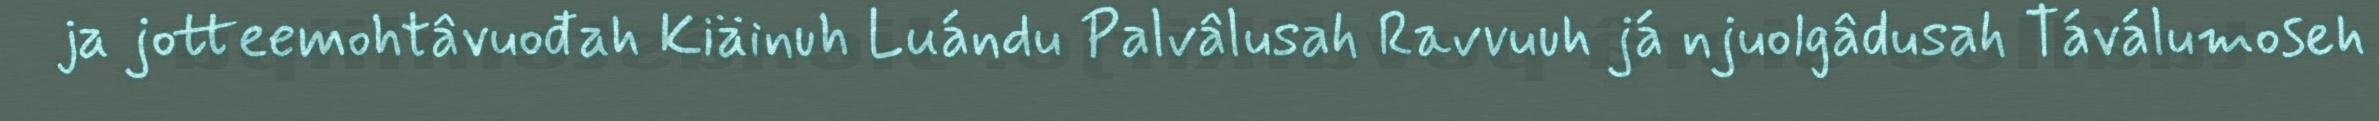
ja jotteemohtâvuođah Kiäinuh Luándu Palvâlusah Ravvuuh já njuolgâdusah Táválumoseh